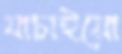
যাচাইয়ো